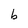
Character: b